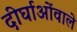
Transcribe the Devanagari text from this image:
दीर्घाओंवाले